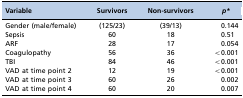
| Variable | Survivors | Non-survivors | p* |
 | --- | --- | --- | --- |
 | Gender (male/female) | (125/23) | (39/13) | 0.144 |
 | Sepsis | 60 | 18 | 0.51 |
 | ARF | 28 | 17 | 0.054 |
 | Coagulopathy | 56 | 36 | <0.001 |
 | TBI | 84 | 46 | <0.001 |
 | VAD at time point 2 | 12 | 19 | <0.001 |
 | VAD at time point 3 | 60 | 26 | 0.002 |
 | VAD at time point 4 | 60 | 20 | 0.007 |